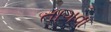
તાગવા